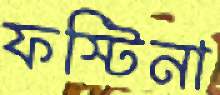
ফস্টিনা